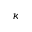
\kappa